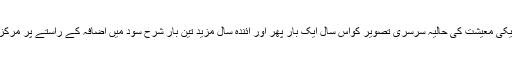
مسٹر اسمتھ نے کہا کہ امریکی معیشت کی حالیہ سرسری تصویر کواس سال ایک بار پھر اور آئندہ سال مزید تین بار شرح سود میں اضافہ کے راستے پر مرکزی بینک کو رکھنا چاہئے ۔